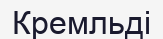
Кремльді